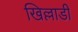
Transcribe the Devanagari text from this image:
खिल्लाडी